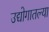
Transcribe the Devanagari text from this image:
उद्योगातल्या